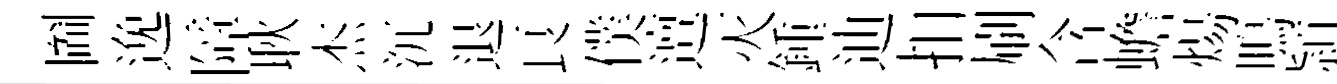
圗𨓜障耿杰沉退良僕邅灭鍾迪扣刷含蟾煬鳴頴